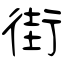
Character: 街